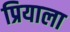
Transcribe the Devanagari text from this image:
प्रियाला